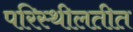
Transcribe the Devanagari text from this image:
परिस्थीलतीत